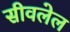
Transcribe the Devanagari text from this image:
सीवलेल